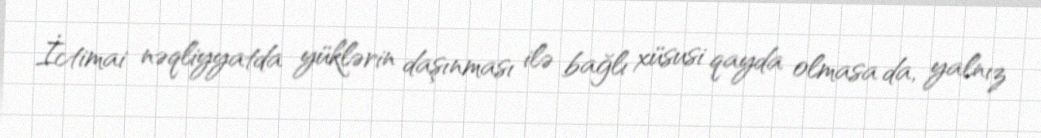
İctimai nəqliyyatda yüklərin daşınması ilə bağlı xüsusi qayda olmasa da, yalnız